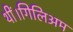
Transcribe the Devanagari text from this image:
थीं।गिलिअम